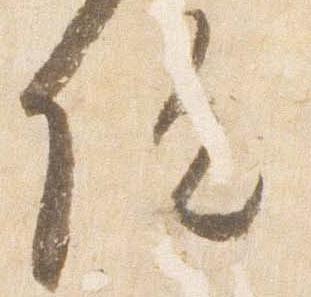
院